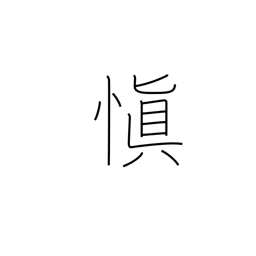
Meaning: chastity